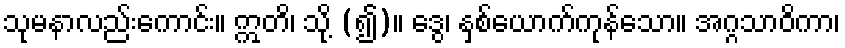
သုမနာလည်းကောင်း။ ဣတိ၊ သို့ (၍)။ ဒွေ၊ နှစ်ယောက်ကုန်သော။ အဂ္ဂသာဝိကာ၊